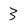
Character: 3